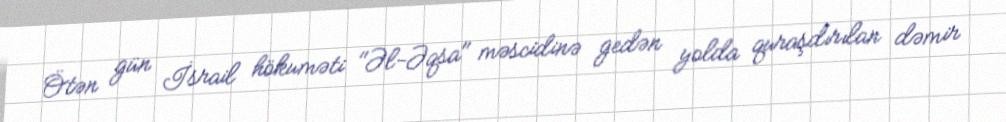
Ötən gün İsrail hökuməti "Əl-Əqsa" məscidinə gedən yolda quraşdırılan dəmir